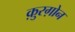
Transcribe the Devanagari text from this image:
क़ुरग़ोन